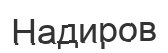
Надиров